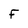
Character: F